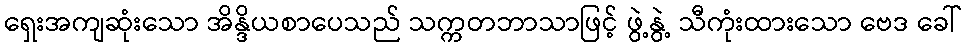
ရှေးအကျဆုံးသော အိန္ဒိယစာပေသည် သက္ကတဘာသာဖြင့် ဖွဲ့နွဲ့ သီကုံးထားသော ဗေဒ ခေါ်